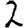
Digit: 2